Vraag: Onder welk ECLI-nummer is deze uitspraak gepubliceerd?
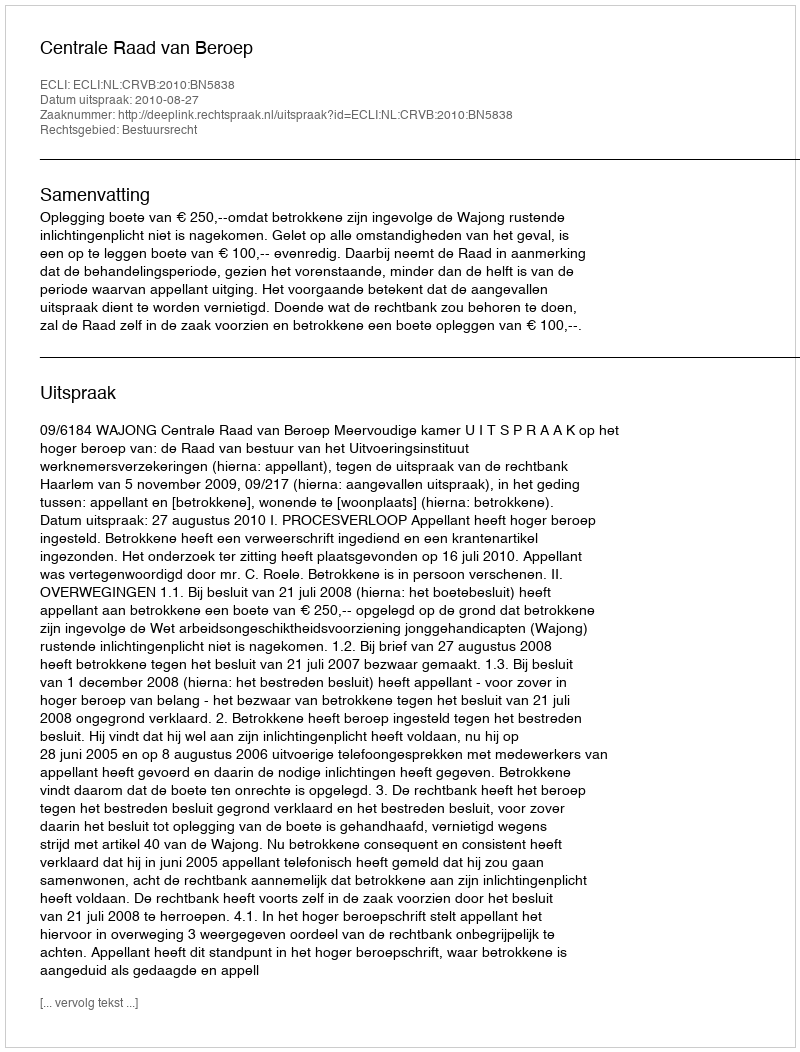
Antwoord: ECLI:NL:CRVB:2010:BN5838